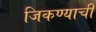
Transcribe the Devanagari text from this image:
जिकण्याची